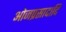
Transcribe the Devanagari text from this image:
ओजप्रसादादि